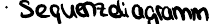
Sequenzdiagramm